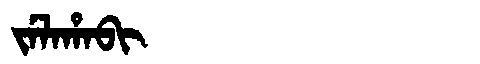
Manchu: ᠵᡝᠯᠠᡥᠠᠪᡳ
Romanization: JELAHABI